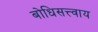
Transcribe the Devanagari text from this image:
बोधिसत्त्वाय